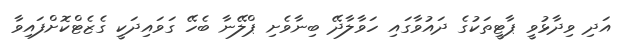
އަދި ވިދާޅުވީ ޕާޓީތަކުގެ ދައުވާގައި ހަވާލާދޭ ބިނާވެށި ޕްލޭނާ ބެހޭ ގަވައިދަކީ ގެޒެޓްކޮށްފައިވާ